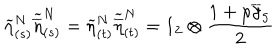
\widetilde { \eta } _ { ( s ) } ^ { N } \widetilde { \overline { { { \eta } } } } _ { ( s ) } ^ { N } = \widetilde { \eta } _ { ( t ) } ^ { N } \widetilde { \overline { { { \eta } } } } _ { ( t ) } ^ { N } = 1 _ { 2 } \otimes \frac { 1 + \rho \overline { { { \gamma } } } _ { 5 } } { 2 }